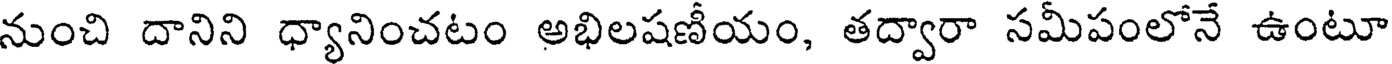
నుంచి దానిని ధ్యానించటం అభిలషణీయం, తద్వారా సమీపంలోనే ఉంటూ